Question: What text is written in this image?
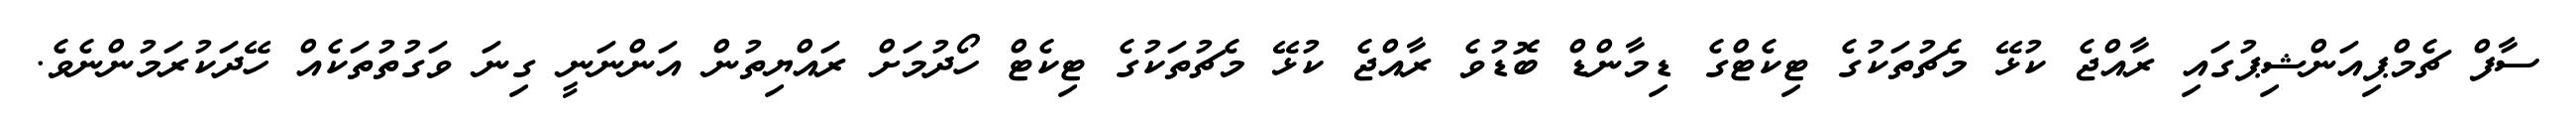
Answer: ސާފް ޗެމްޕިއަންޝިޕުގައި ރާއްޖެ ކުޅޭ މެޗުތަކުގެ ޓިކެޓްގެ ޑިމާންޑް ބޮޑުވެ ރާއްޖެ ކުޅޭ މެޗުތަކުގެ ޓިކެޓް ހޯދުމަށް ރައްޔިތުން އަންނަނީ ގިނަ ވަގުތުތަކެއް ހޭދަކުރަމުންނެވެ.